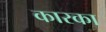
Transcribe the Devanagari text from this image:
कारका